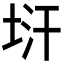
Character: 𭎚